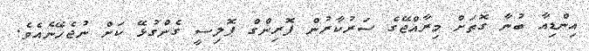
އިންޑިއާ ބުނާ ގޮތަށް މިރާއްޖޭގެ ސަރުކާރުން ފޮރިންގް ޕޮލިސީ ގެންގުޅޭ ކަށް ނުޖެހޭނެއެވެ.